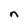
Character: n